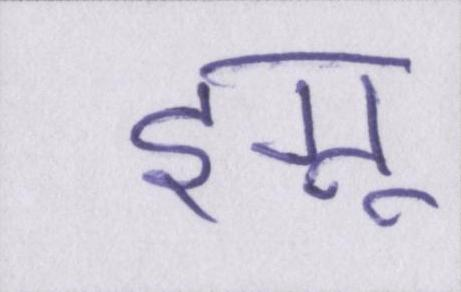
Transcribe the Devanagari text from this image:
इग्नू